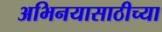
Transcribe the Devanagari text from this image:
अभिनयासाठीच्या